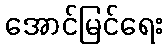
အောင်မြင်ရေး